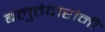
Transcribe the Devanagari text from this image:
बलुतेदारांनी